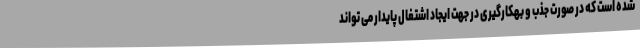
شده است که در صورت جذب و بهکارگیری در جهت ایجاد اشتغال پایدار می تواند